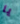
يا